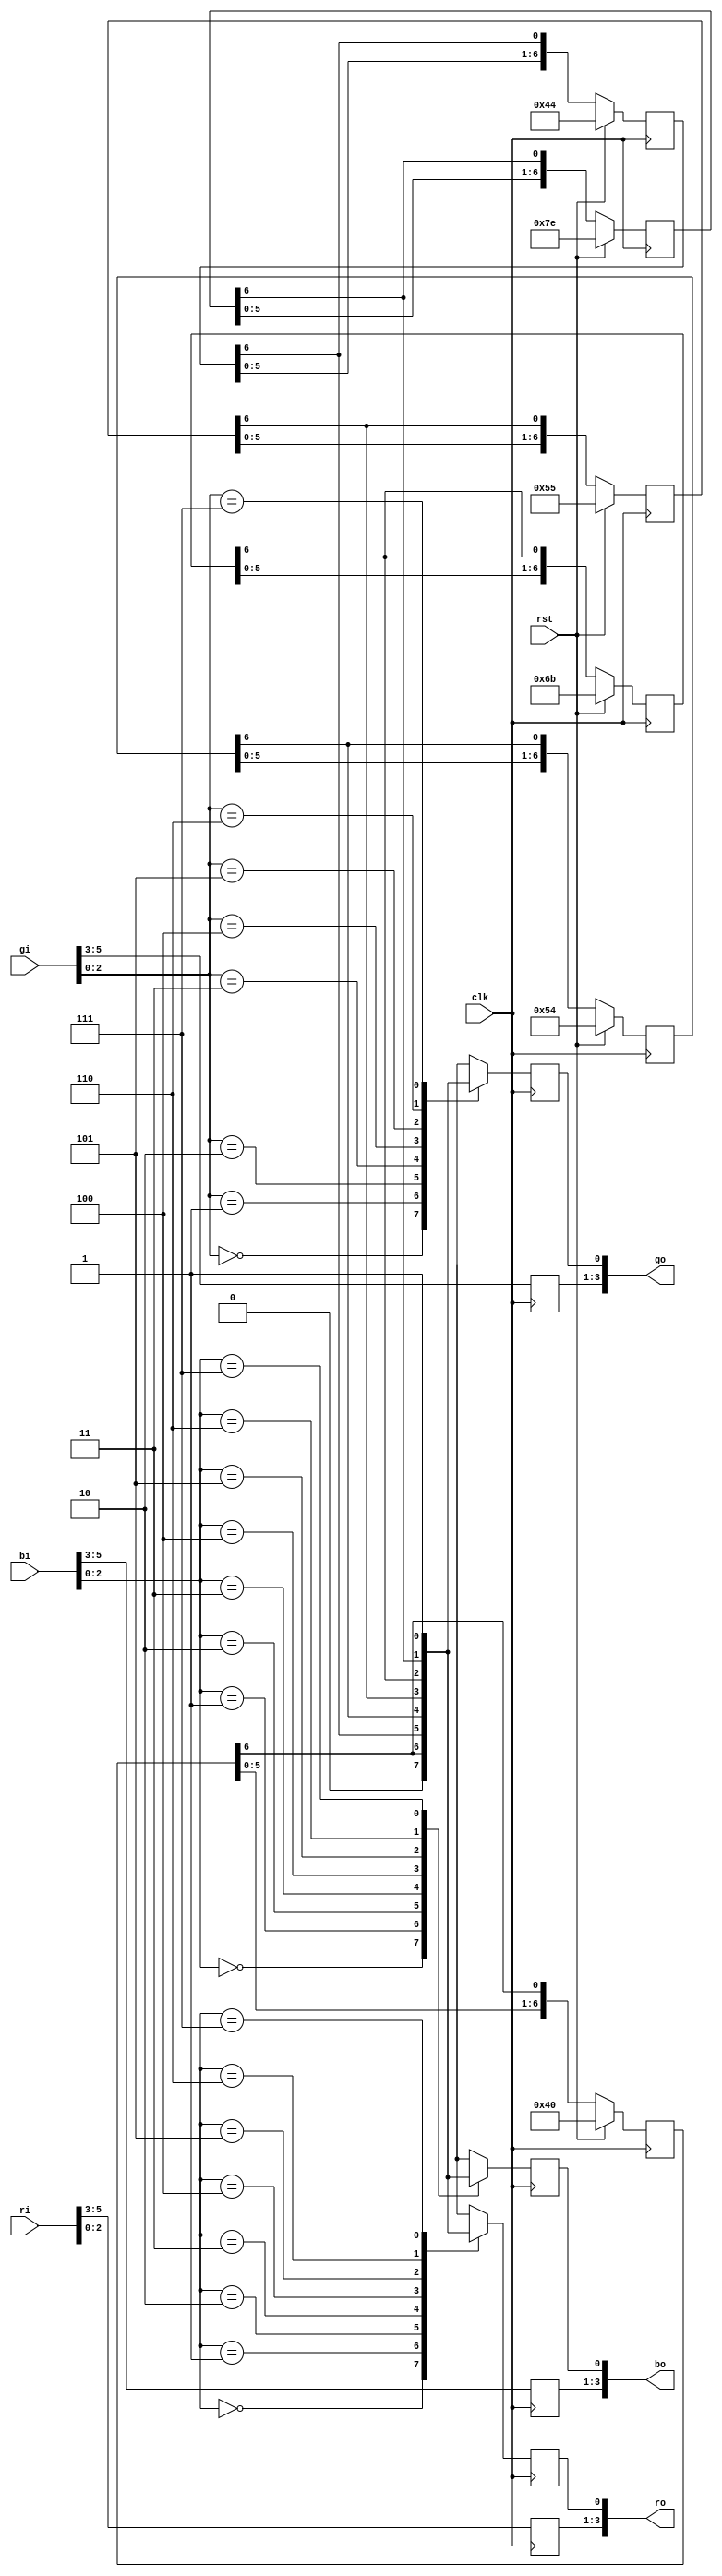
module ColorIO(rst,clk,ri,gi,bi,ro,go,bo);
input rst;
input clk;
input [5:0] ri;
input [5:0] gi;
input [5:0] bi;
output reg [3:0] ro;
output reg [3:0] go;
output reg [3:0] bo;

reg [6:0] power17,power27,power37,power47,power57,power67;
always @(posedge clk)
if (rst) begin
	power17 <= 7'b1000000;
	power27 <= 7'b1000100;
	power37 <= 7'b1010100;
	power47 <= 7'b1010101;
	power57 <= 7'b1101011;
	power67 <= 7'b1111110;
end
else begin
	power17 <= {power17[5:0],power17[6]};
	power27 <= {power27[5:0],power27[6]};
	power37 <= {power37[5:0],power37[6]};
	power47 <= {power47[5:0],power47[6]};
	power57 <= {power57[5:0],power57[6]};
	power67 <= {power67[5:0],power67[6]};
end


always @(posedge clk)
	ro[3:1] <= ri[5:3];
always @(posedge clk)
case(ri[2:0])
3'b000:	ro[0] <= 1'b0;
3'b001: ro[0] <= power17[6];
3'b010: ro[0] <= power27[6];
3'b011:	ro[0] <= power37[6];
3'b100:	ro[0] <= power47[6];
3'b101:	ro[0] <= power57[6];
3'b110:	ro[0] <= power67[6];
3'b111:	ro[0] <= 1'b1;
endcase

always @(posedge clk)
	go[3:1] <= gi[5:3];
always @(posedge clk)
case(gi[2:0])
3'b000:	go[0] <= 1'b0;
3'b001: go[0] <= power17[6];
3'b010: go[0] <= power27[6];
3'b011:	go[0] <= power37[6];
3'b100:	go[0] <= power47[6];
3'b101:	go[0] <= power57[6];
3'b110:	go[0] <= power67[6];
3'b111:	go[0] <= 1'b1;
endcase

always @(posedge clk)
	bo[3:1] <= bi[5:3];
always @(posedge clk)
case(bi[2:0])
3'b000:	bo[0] <= 1'b0;
3'b001: bo[0] <= power17[6];
3'b010: bo[0] <= power27[6];
3'b011:	bo[0] <= power37[6];
3'b100:	bo[0] <= power47[6];
3'b101:	bo[0] <= power57[6];
3'b110:	bo[0] <= power67[6];
3'b111:	bo[0] <= 1'b1;
endcase

endmodule